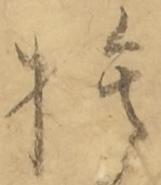
捨